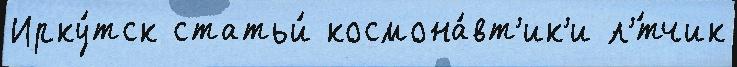
Ирку́тск статьи́ космона́вт'ик'и л'́тчик